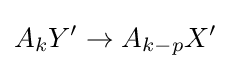
A_{k}Y'\to A_{k-p}X'